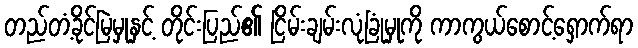
တည်တံ့ခိုင်မြဲမှုနှင့် တိုင်းပြည်၏ ငြိမ်းချမ်းလုံခြုံမှုကို ကာကွယ်စောင့်ရှောက်ရာ